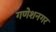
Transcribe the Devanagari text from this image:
गणेशनगर